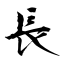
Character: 長